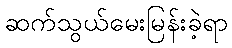
ဆက်သွယ်မေးမြန်းခဲ့ရာ